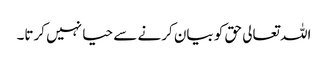
اللہ تعالی حق کو بیان کرنے سے حیا نہیں کرتا۔